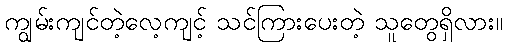
ကျွမ်းကျင်တဲ့လေ့ကျင့် သင်ကြားပေးတဲ့ သူတွေရှိလား။